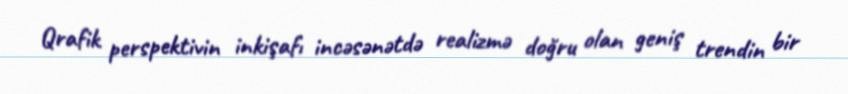
Qrafik perspektivin inkişafı incəsənətdə realizmə doğru olan geniş trendin bir